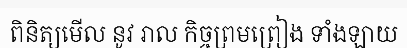
ពិនិត្យមើល នូវ រាល កិច្ចព្រមព្រៀង ទាំងឡាយ